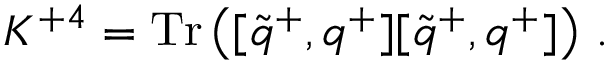
{ \cal K } ^ { + 4 } = \mathrm { T r } \left( [ \tilde { q } ^ { + } , q ^ { + } ] [ \tilde { q } ^ { + } , q ^ { + } ] \right) \, .